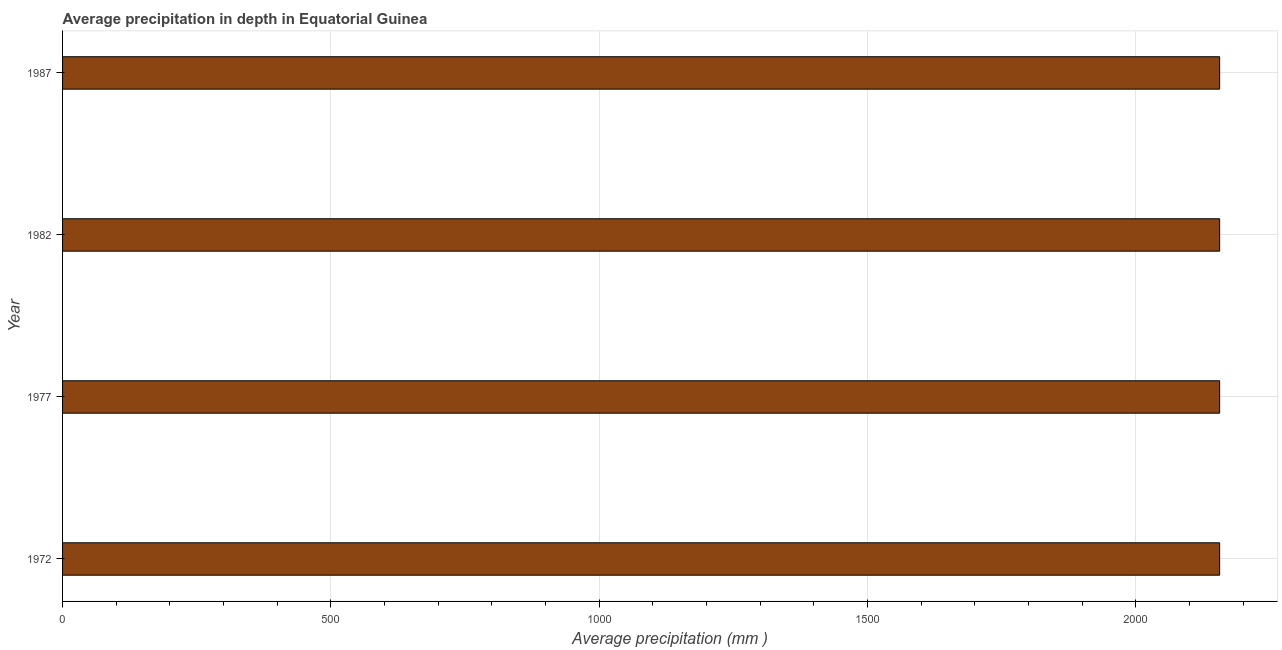
| Year | Average precipitation in depth |
 | --- | --- |
 | 1972 | 2.16e+03 |
 | 1977 | 2.16e+03 |
 | 1982 | 2.16e+03 |
 | 1987 | 2.16e+03 |